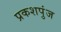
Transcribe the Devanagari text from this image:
प्रकशपुंज